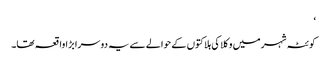
‘
کوئٹہ شہر میں وکلا کی ہلاکتوں کے حوالے سے یہ دوسرا بڑا واقعہ تھا۔